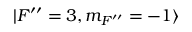
| F ^ { \prime \prime } = 3 , m _ { F ^ { \prime \prime } } = - 1 \rangle